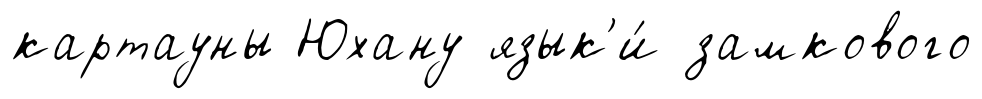
картауны Юхану язык'и́ замкового